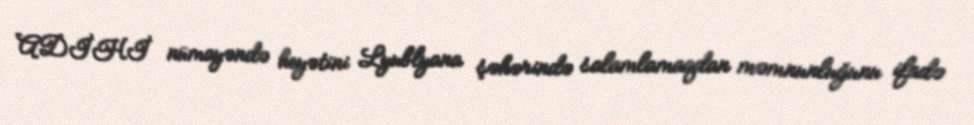
ADİHİ nümayəndə heyətini Lyublyana şəhərində salamlamaqdan məmnunluğunu ifadə